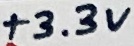
Text: +3.3V